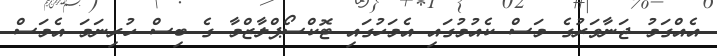
އެއްގަމު ޖަނާވަރުގެ މަސް ކެއުމުގައި އެމަހުގައި ޓޮކްސޯޕްލާޒްމާ ގެ ބިސް ހުރިނަމަ އެމަސް